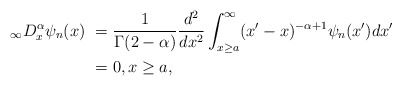
\begin{align*}_{\infty}D_{x}^{\alpha}\psi_{n}(x)\ & =\frac{1}{\Gamma(2-\alpha)}\frac{d^{2}}{dx^{2}}\int_{x\geq a}^{\infty}(x^{\prime}-x)^{-\alpha+1}\psi_{n}(x^{\prime})dx^{\prime}\\& =0,x\geq a,\end{align*}